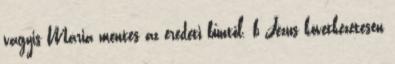
vagyis Mária mentes az eredeti bűntől. b Jézus következetesen